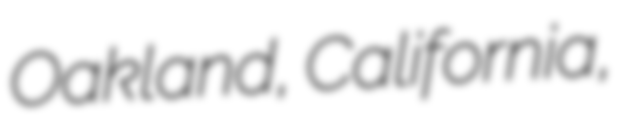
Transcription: Oakland, California,